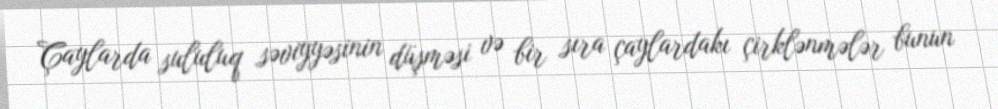
Çaylarda sululuq səviyyəsinin düşməsi və bir sıra çaylardakı çirklənmələr bunun